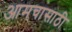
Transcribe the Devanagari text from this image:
आमचासाठी